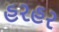
હરહર